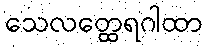
သေလတ္ထေရဂါထာ